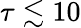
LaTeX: \tau\lesssim 10